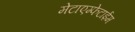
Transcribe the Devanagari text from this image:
मेटाएम्फेटाईम